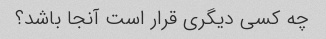
چه کسی دیگری قرار است آنجا باشد؟